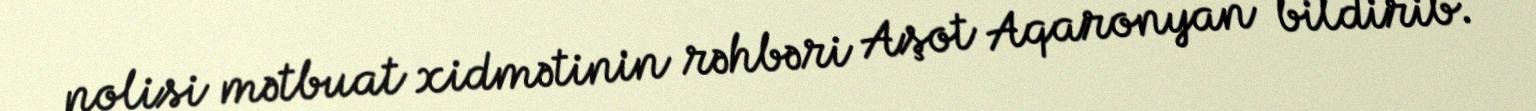
polisi mətbuat xidmətinin rəhbəri Aşot Aqaronyan bildirib.